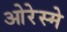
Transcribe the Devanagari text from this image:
ओरेस्मे